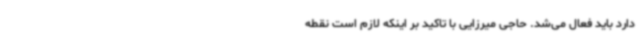
دارد باید فعال می‌شد. حاجی میرزایی با تاکید بر اینکه لازم است نقطه